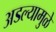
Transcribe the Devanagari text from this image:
अडल्यामुळे